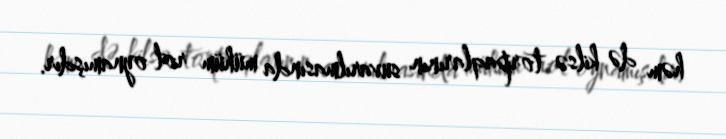
həm də kilsə torpaqlarının suvarılmasında mühüm rol oynamışdır.